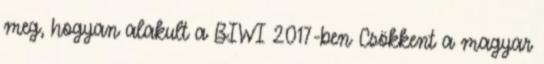
meg, hogyan alakult a BIWI 2017-ben Csökkent a magyar